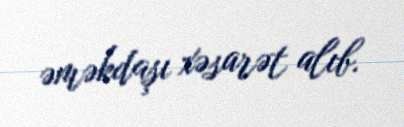
əməkdaşı xəsarət alıb.